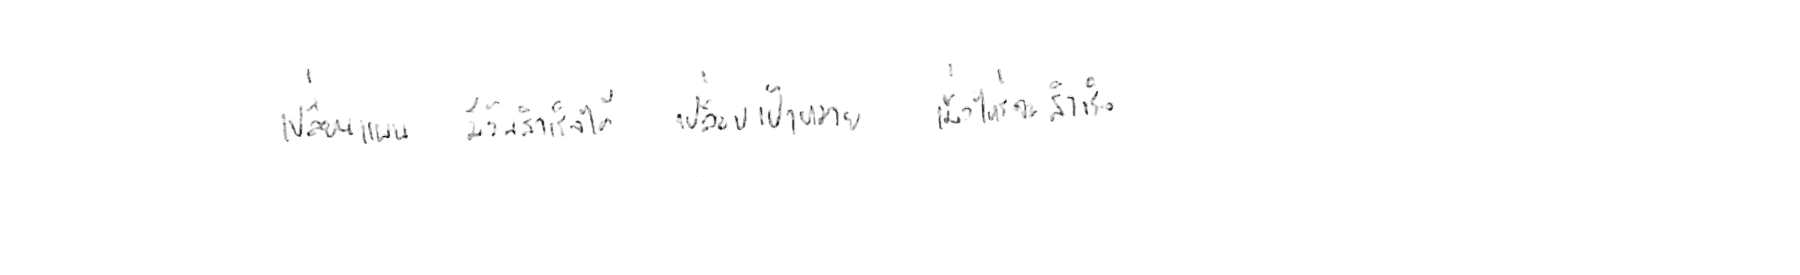
เปลี่ยนแผน มีวันสำเร็จได้ เปลี่ยนเป้าหมาย เมื่อไหร่จะสำเร็จ